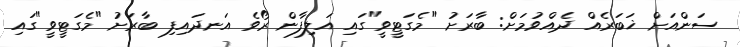
ސަންއަށް ޚަބަރެއް ދެއްވުމަށް: ބާރަށު "މެގަޓީވީ"ގައި އަލިފާން ރޯވެ އަނދައިފި ބާރަށު "މެގަޓީވީ"ގައި